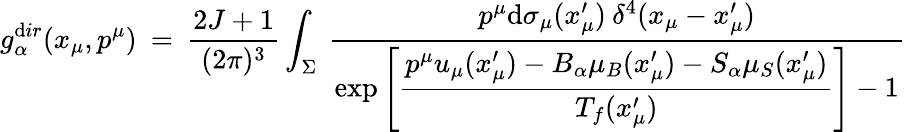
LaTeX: g_{\alpha}^{\mathrm{d}ir}(x_{\mu},p^{\mu})\: =\: \frac{{2J+1}}{{(2\pi)^{3}}}\int_{\Sigma}\: \frac{{p^{\mu}\mathrm{d}\sigma_{\mu}(x_{\mu}^{\prime})\: \delta^{4}(x_{\mu}-x_{\mu}^{\prime})}}{{\exp\left[\displaystyle{\frac{{p^{\mu}u_{\mu}(x_{\mu}^{\prime})-B_{\alpha}\mu_{B}(x_{\mu}^{\prime})-S_{\alpha}\mu_{S}(x_{\mu}^{\prime})}}{{T_{f}(x_{\mu}^{\prime})}}}\right]-1}}